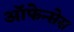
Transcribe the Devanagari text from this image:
ऑफेन्सेस